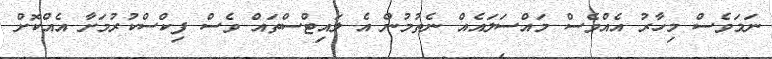
ނަމަވެސް މިހާރު އެއްވެސް މައްސަލައެއް ނެތުމުން އެ ލައިޓްސްތައް ވެސް ފިކްސްކުރުމަށާ އެއްކޮށް